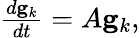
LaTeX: \begin{array}{r}{\frac{d\mathbf{g}_{k}}{dt}=A\mathbf{g}_{k},}\end{array}